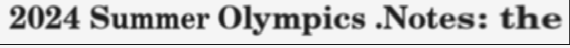
2024 Summer Olympics .Notes: the